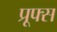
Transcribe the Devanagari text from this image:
प्रूफ्स